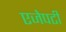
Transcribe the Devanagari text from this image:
एजेपटी